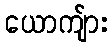
ယောကျ်ား